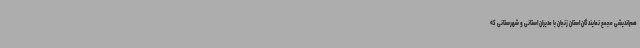
هم‌اندیشی مجمع نمایندگان استان زنجان با مدیران استانی و شهرستانی که